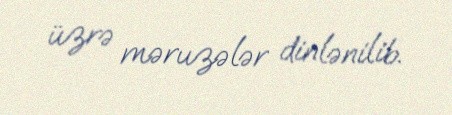
üzrə məruzələr dinlənilib.